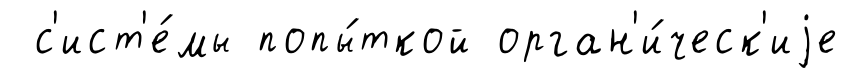
с'ист'е́мы попы́ткой орган'и́ческ'иjе